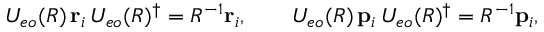
U _ { e o } ( R ) \, { \mathbf { r } } _ { i } \, U _ { e o } ( R ) ^ { \dagger } = R ^ { - 1 } { \mathbf { r } } _ { i } , \qquad U _ { e o } ( R ) \, { \mathbf { p } } _ { i } \, U _ { e o } ( R ) ^ { \dagger } = R ^ { - 1 } { \mathbf { p } } _ { i } ,